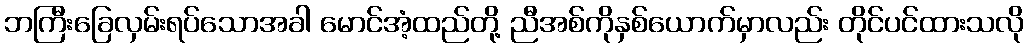
ဘကြီးခြေလှမ်းရပ်သောအခါ မောင်အံ့ထည်တို့ ညီအစ်ကိုနှစ်ယောက်မှာလည်း တိုင်ပင်ထားသလို